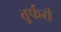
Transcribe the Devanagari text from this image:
तुर्फरी